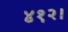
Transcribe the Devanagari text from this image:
४१२।